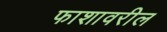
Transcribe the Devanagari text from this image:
फाशावरील